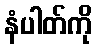
နံပါတ်ကို